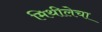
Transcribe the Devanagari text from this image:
मिथीलेचा